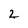
Character: 2